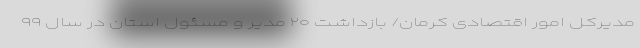
مدیرکل امور اقتصادی کرمان/ بازداشت ۲۰ مدیر و مسئول استان در سال ۹۹